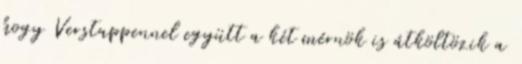
hogy Verstappennel együtt a két mérnök is átköltözik a